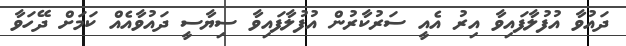
ދައުވާ އުފުލާފައިވާ އިރު އެއީ ސަރުކާރުން އުފުލާފައިވާ ސިޔާސީ ދައުވާއެއް ކަމަށް ދޭހަވާ